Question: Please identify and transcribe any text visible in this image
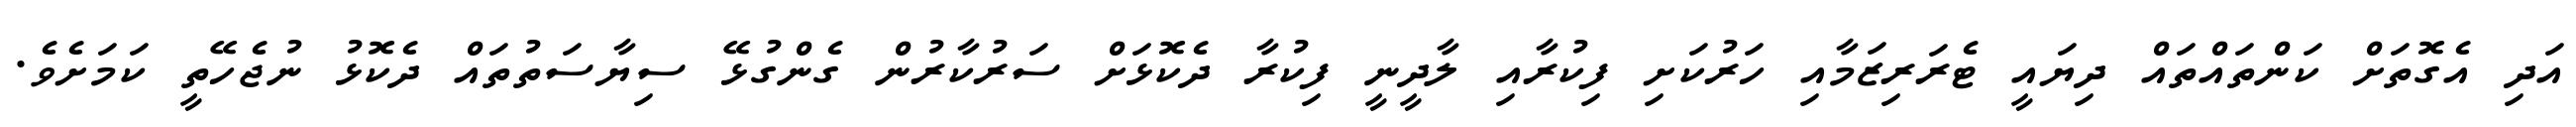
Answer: އަދި އެގޮތަށް ކަންތައްތައް ދިޔައީ ޓެރަރިޒަމާއި ހަރުކަށި ފިކުރާއި ލާދީނީ ފިކުރާ ދެކޮޅަށް ސަރުކާރުން ގެންގުޅޭ ސިޔާސަތުތައް ދެކޮޅު ނުޖެހޭތީ ކަމަށެވެ.